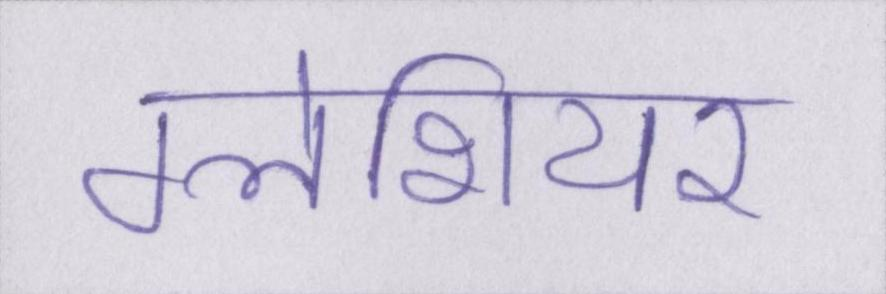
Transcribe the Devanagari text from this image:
ग्लेशियर